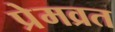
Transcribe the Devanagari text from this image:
प्रेमव्रत